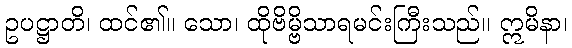
ဥပဋ္ဌာတိ၊ ထင်၏။ သော၊ ထိုဗိမ္ဗိသာရမင်းကြီးသည်။ ဣမိနာ၊